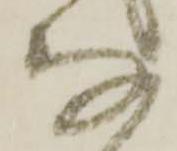
な